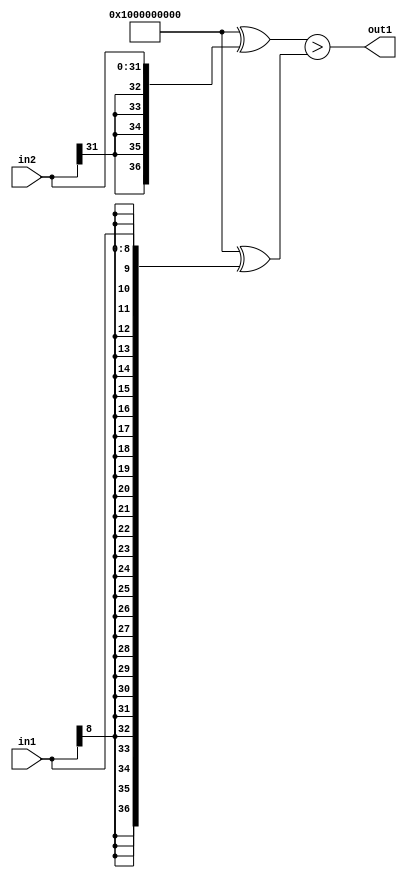
`timescale 1ps / 1ps
/*****************************************************************************
    Verilog RTL Description
    
    
    Created by: Stratus DpOpt 21.05.01 
*******************************************************************************/

module SobelFilter_GreaterThan_32Sx9S_1U_4 (
	in2,
	in1,
	out1
	); /* architecture "behavioural" */ 
input [31:0] in2;
input [8:0] in1;
output  out1;
wire  asc001;

assign asc001 = ((37'B1000000000000000000000000000000000000 ^ {{5{in2[31]}}, in2})>(37'B1000000000000000000000000000000000000
    ^ {{28{in1[8]}}, in1}));

assign out1 = asc001;
endmodule

/* CADENCE  uLTxSQs= : u9/ySxbfrwZIxEzHVQQV8Q== ** DO NOT EDIT THIS LINE ******/